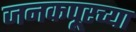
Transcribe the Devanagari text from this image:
जनकपूरच्या